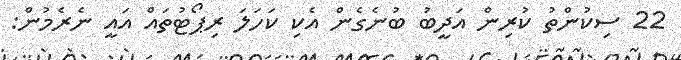
22 ސިކުންތު ކުރިން އަދީބު ބުނެގެން އެކި ކަހަލަ ރިޕޯޓުތައް އައީ ނެރެމުން: